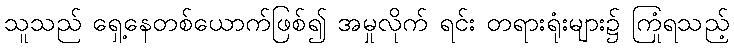
သူသည် ရှေ့နေတစ်ယောက်ဖြစ်၍ အမှုလိုက် ရင်း တရားရုံးများ၌ ကြုံရသည့်